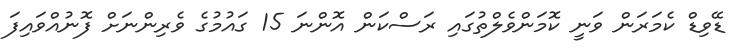
ޑޭވިޑް ކެމަރަން ވަނީ ކޮމަންވެލްތުގައި ރަސްކަން އޮންނަ 15 ގައުމުގެ ވެރިންނަށް ފޮނުއްވައިފަ